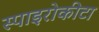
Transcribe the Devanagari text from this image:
स्पाइरोकीटा